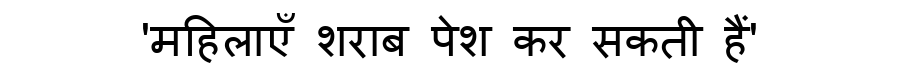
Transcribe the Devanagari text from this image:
'महिलाएँ शराब पेश कर सकती हैं'